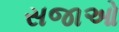
સજાઓ